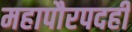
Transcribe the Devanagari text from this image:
महापौरपदही